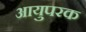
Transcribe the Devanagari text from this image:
आयुपरक